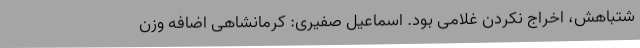
شتباهش، اخراج نکردن غلامی بود. اسماعیل صفیری: کرمانشاهی اضافه وزن